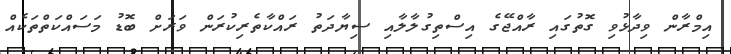
އިމްރާން ވިދާޅުވި ގޮތުގައި ރާއްޖޭގެ އިސްތިގުލާލާއި ސިޔާދަތު ރައްކާތެރިކުރަން ވަރަށް ބޮޑު މަސައްކަތްތަކެއް